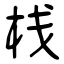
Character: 栈